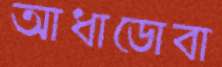
আধাডোবা